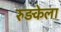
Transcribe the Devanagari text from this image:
रुड़केला